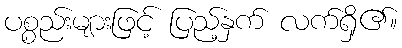
ပစ္စည်းများဖြင့် ပြည့်နှက် လက်ရှိ၏။